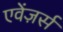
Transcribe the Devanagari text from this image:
एवेंज़र्स